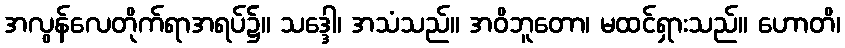
အလွန်လေတိုက်ရာအရပ်၌။ သဒ္ဒေါ၊ အသံသည်။ အဝိဘူတော၊ မထင်ရှားသည်။ ဟောတိ၊